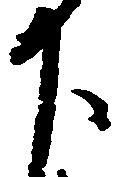
下